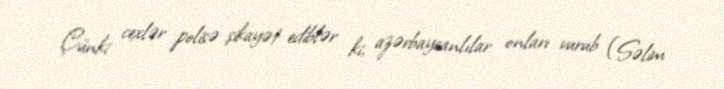
Çünki cexlər polisə şikayət ediblər ki, azərbaycanlılar onları vurub (Səlim